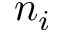
n _ { i }